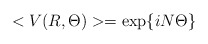
\begin{align*}<V(R,\Theta)>=\exp\{iN\Theta\}\end{align*}